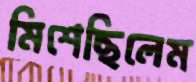
মিশেছিলেম